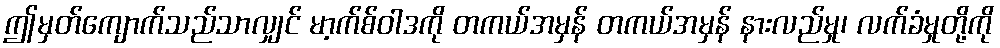
ဤမှတ်ကျောက်သည်သာလျှင် မာ့က်စ်ဝါဒကို တကယ်အမှန် တကယ်အမှန် နားလည်မှု၊ လက်ခံမှုတို့ကို